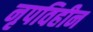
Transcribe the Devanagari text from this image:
नृपविहीन